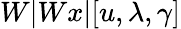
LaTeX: W|Wx|[u,\lambda,\gamma]